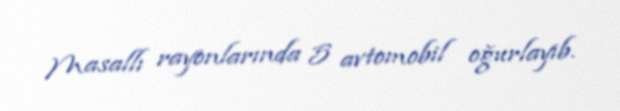
Masallı rayonlarında 5 avtomobil oğurlayıb.